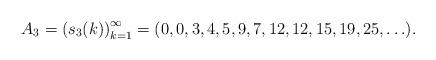
LaTeX: \begin{align*}A_3 = \left( s_3(k) \right)_{k=1}^{\infty} = (0,0,3,4,5,9,7,12,12,15,19,25,\ldots).\end{align*}